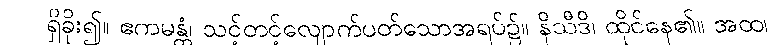
ရှိခိုး၍။ ဧကမန္တံ၊ သင့်တင့်လျောက်ပတ်သောအရပ်၌။ နိသီဒိ၊ ထိုင်နေ၏။ အထ၊